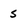
Character: S